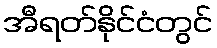
အီရတ်နိုင်ငံတွင်